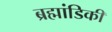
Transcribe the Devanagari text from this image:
ब्रह्मांडिकी